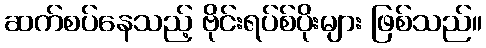
ဆက်စပ်နေသည့် ဗိုင်းရပ်စ်ပိုးများ ဖြစ်သည်။